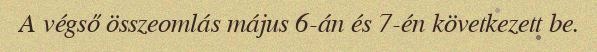
A végső összeomlás május 6-án és 7-én következett be.